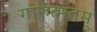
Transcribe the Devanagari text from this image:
गारुत्मतम्